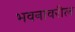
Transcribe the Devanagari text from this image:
भवनावरील